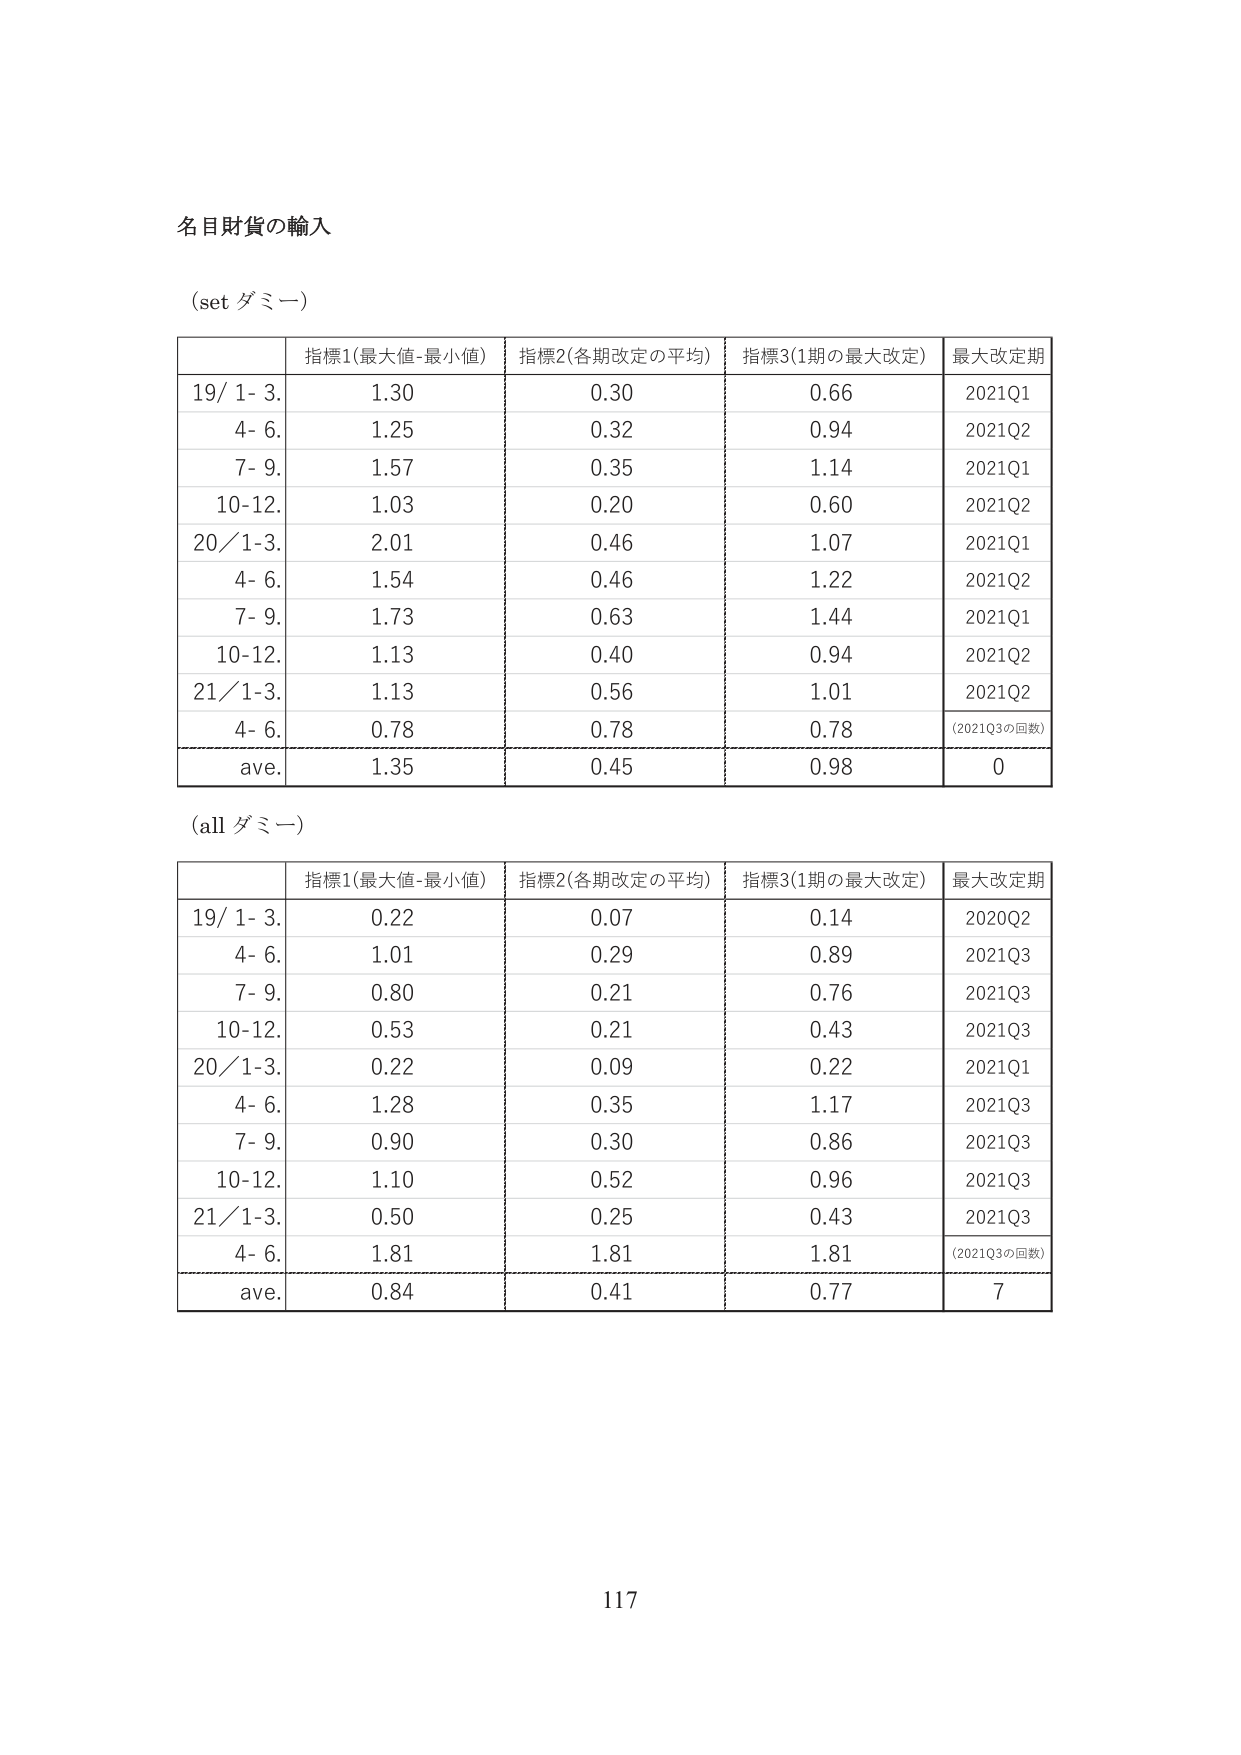
名目財貨の輸入

(set ダミー)

| | 指標1(最大値-最小値) | 指標2(各期改定の平均) | 指標3(1期の最大改定) | 最大改定期 |
|---|---|---|---|---|
| 19/ 1- 3. | 1.30 | 0.30 | 0.66 | 2021Q1 |
| 4- 6. | 1.25 | 0.32 | 0.94 | 2021Q2 |
| 7- 9. | 1.57 | 0.35 | 1.14 | 2021Q1 |
| 10-12. | 1.03 | 0.20 | 0.60 | 2021Q2 |
| 20/ 1-3. | 2.01 | 0.46 | 1.07 | 2021Q1 |
| 4- 6. | 1.54 | 0.46 | 1.22 | 2021Q2 |
| 7- 9. | 1.73 | 0.63 | 1.44 | 2021Q1 |
| 10-12. | 1.13 | 0.40 | 0.94 | 2021Q2 |
| 21/ 1-3. | 1.13 | 0.56 | 1.01 | 2021Q2 |
| 4- 6. | 0.78 | 0.78 | 0.78 | (2021Q3の回数) |
| ave. | 1.35 | 0.45 | 0.98 | 0 |

(all ダミー)

| | 指標1(最大値-最小値) | 指標2(各期改定の平均) | 指標3(1期の最大改定) | 最大改定期 |
|---|---|---|---|---|
| 19/ 1- 3. | 0.22 | 0.07 | 0.14 | 2020Q2 |
| 4- 6. | 1.01 | 0.29 | 0.89 | 2021Q3 |
| 7- 9. | 0.80 | 0.21 | 0.76 | 2021Q3 |
| 10-12. | 0.53 | 0.21 | 0.43 | 2021Q3 |
| 20/ 1-3. | 0.22 | 0.09 | 0.22 | 2021Q1 |
| 4- 6. | 1.28 | 0.35 | 1.17 | 2021Q3 |
| 7- 9. | 0.90 | 0.30 | 0.86 | 2021Q3 |
| 10-12. | 1.10 | 0.52 | 0.96 | 2021Q3 |
| 21/ 1-3. | 0.50 | 0.25 | 0.43 | 2021Q3 |
| 4- 6. | 1.81 | 1.81 | 1.81 | (2021Q3の回数) |
| ave. | 0.84 | 0.41 | 0.77 | 7 |

117